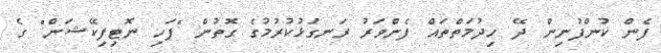
ފެން ކުންފުނިން ދޭ ހިދުމަތްތައް ފެންވަރު ރަނގަޅުކުރުމުގެ ގޮތުން "ފަހި ނޮޓިފިކޭޝަން" ގެ